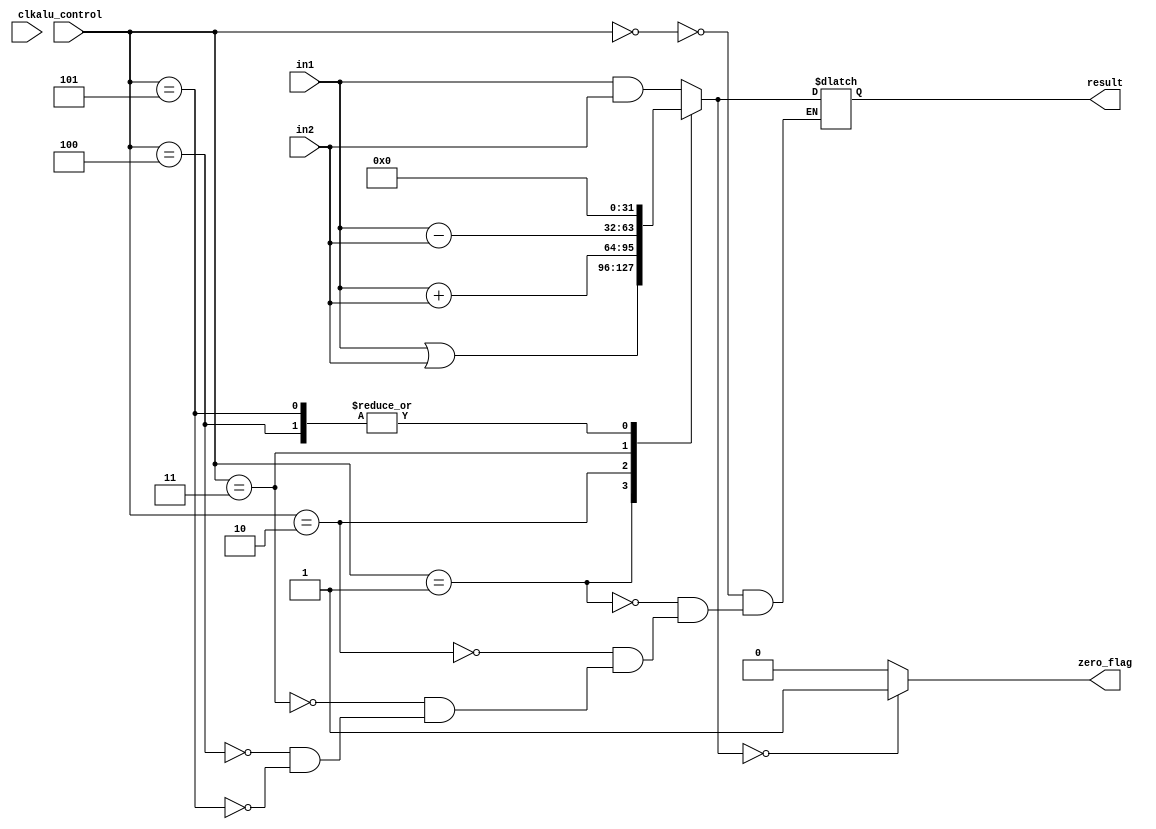
`timescale 1ns / 1ps
//alu- Arithmetic Logic Unit: perform operations based on ISA.txt
// 
// ALU control | Function
// -----------------------------
//         000    Bitwise-AND
//         001    Bitwise-OR
//         010	  Add (A+B)
//         011    Subtract (A-B)
//         100	  Less than (A<B)
//         101    Greater than or equal (A>=B)
//         110    Equal (A==B)
//         111    xxxxxxxx
module alu (clk,in1,in2,result,alu_control,zero_flag);
input clk;                      //sytem clock
input [31:0] in1,in2;           //data inputs
input[2:0] alu_control;         //control for operation selection
output reg [31:0] result;   //output of ALU
output reg zero_flag;                //flag if beq,blt,bge TRUE

always @(*) begin
        // Operating based on control input
        case(alu_control)

            3'b000: result = in1&in2; //AND
            3'b001: result = in1|in2; //OR
            3'b010: result = in1+in2; //Add
            3'b011: result = in1-in2; //Sub
            3'b100:                       //A<B
            begin 
                if(in1<in2)
                    result = 32'b0;
                else
                    result = 32'bx;
            end
            3'b101: 
            begin 
                if(in1>=in2)            //A>=B
                    result = 32'b0;
                else
                    result = 32'bx;
            end
            3'b011:                     //A==B
            begin 
                if(in1==in2)
                    result = 32'b0;
                else
                    result = 32'bx;
            end
        endcase

        // Setting Zero_flag if ALU_result is zero
        if (result == 32'b0)
            zero_flag = 1'b1;
        else
            zero_flag = 1'b0;
end
    
endmodule